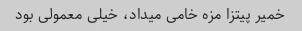
خمیر پیتزا مزه خامی میداد، خیلی معمولی بود